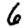
Digit: 6